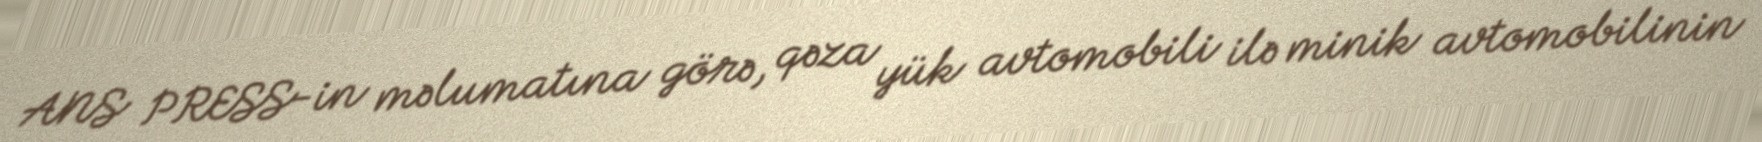
ANS PRESS-in məlumatına görə, qəza yük avtomobili ilə minik avtomobilinin